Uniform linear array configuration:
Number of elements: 32
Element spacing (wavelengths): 0.5
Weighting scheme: cosine
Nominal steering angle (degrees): -30
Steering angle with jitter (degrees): -30.215
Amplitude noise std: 0.05
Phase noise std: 0.05

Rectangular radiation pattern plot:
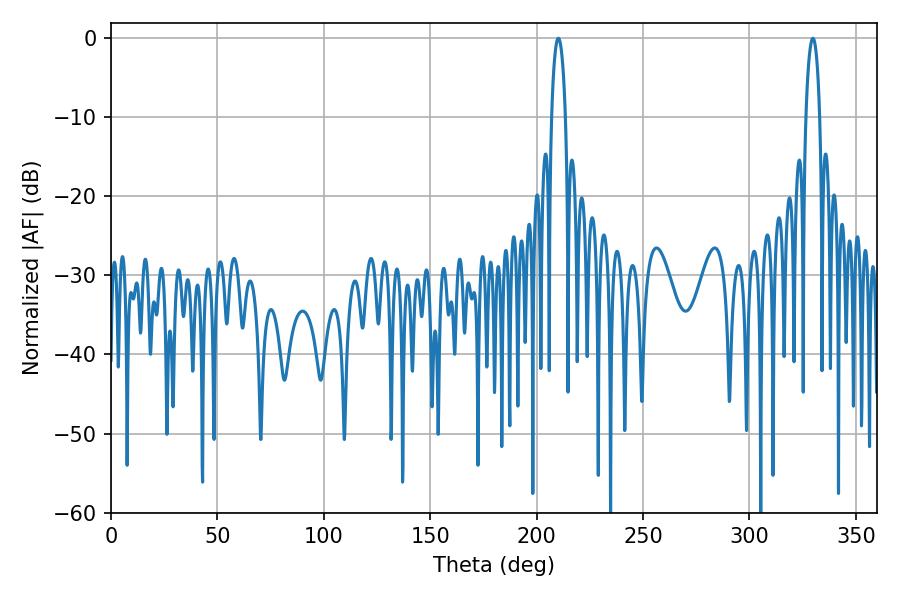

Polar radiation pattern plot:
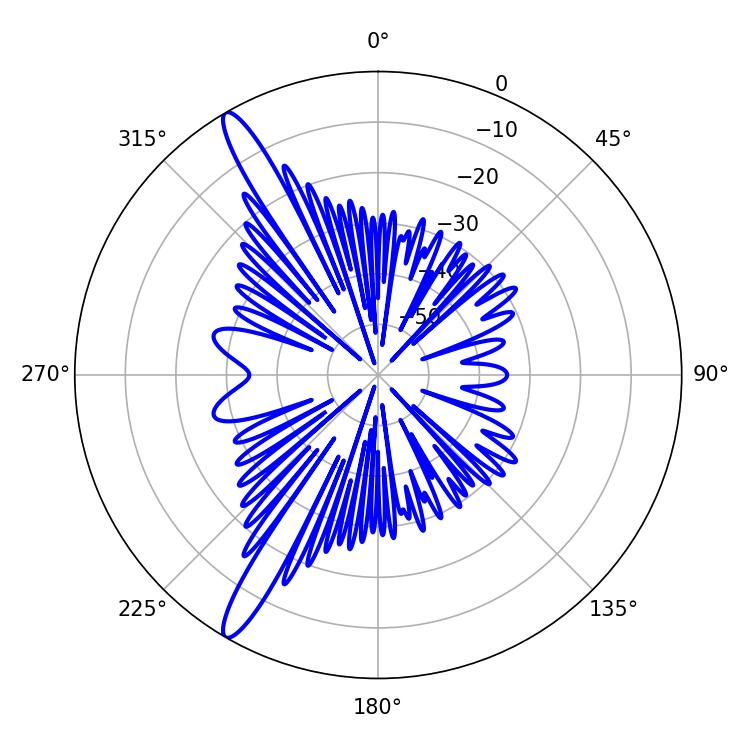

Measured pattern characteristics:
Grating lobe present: FALSE
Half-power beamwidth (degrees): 3.6
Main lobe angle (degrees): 210.24